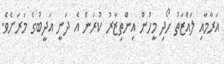
އަރާމާއި ލައްޒަތު ހޯދި މީހުން އިންތިޒާރު ކުރަން އެ ދަނީ އަދީބުގެ މަރަށެވެ.